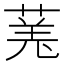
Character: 𫈯